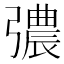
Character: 𢐪